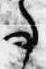
事